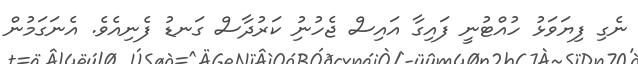
ނެގި ފިޔަވަޅު ހުއްޓުނީ ފައިގާ އައިސް ޖެހުނުި ކަރުދާސް ގަނޑު ފެނިއެވެ. އެނަގަމުން